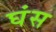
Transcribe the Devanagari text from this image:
घंस